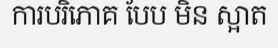
ការបរិភោគ បែប មិន ស្អាត